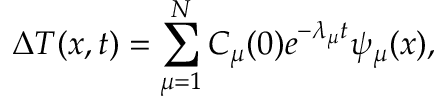
\Delta { T } ( x , t ) = \sum _ { \mu = 1 } ^ { N } C _ { \mu } ( 0 ) e ^ { - \lambda _ { \mu } t } \psi _ { \mu } ( x ) ,